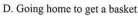
D. Going home to get a basket.